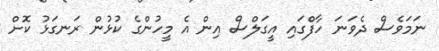
ނަމަވެސް ދެވަނަ ހާފްގައި އީގަލްސް އިން އެ މީހުންގެ ކުޅުން ރަނގަޅު ކޮށް